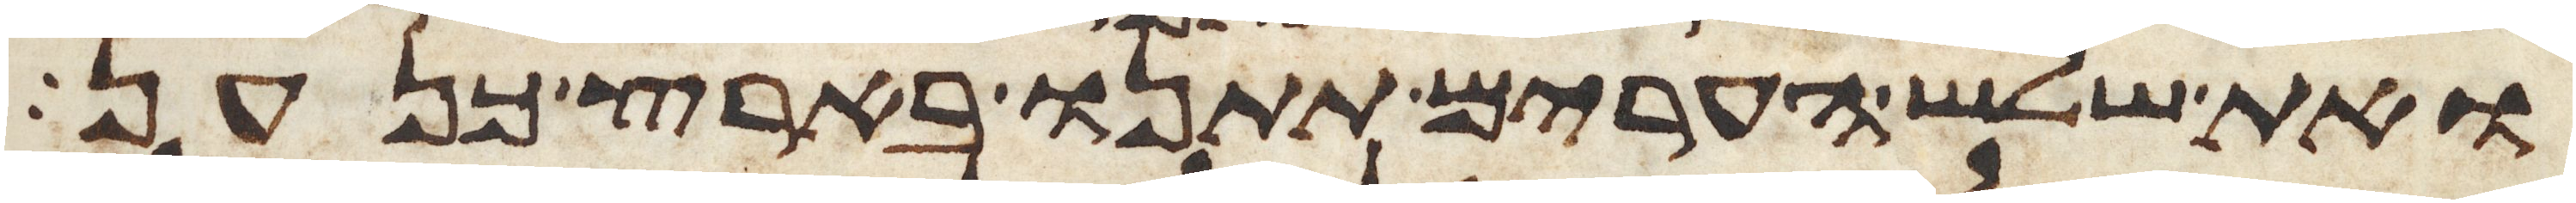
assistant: ואת שלש הערים תתנו בארץ כנען